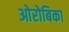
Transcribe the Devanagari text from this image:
ओरोबिका